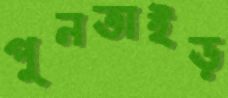
পুনতাইড়